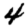
Digit: 4